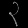
Digit: ၃